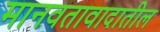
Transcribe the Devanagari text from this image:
मानवतावादातील